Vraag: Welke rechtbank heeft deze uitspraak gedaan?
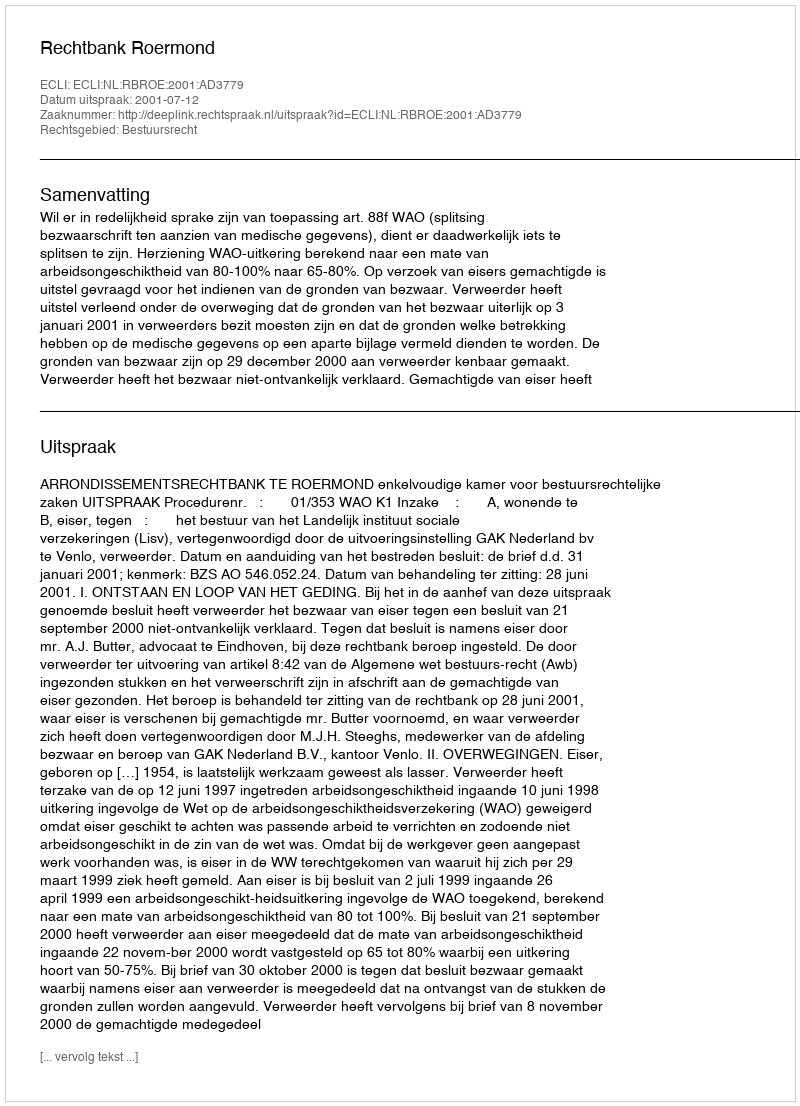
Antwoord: Rechtbank Roermond